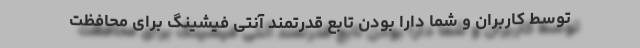
توسط کاربران و شما دارا بودن تابع قدرتمند آنتی فیشینگ برای محافظت